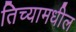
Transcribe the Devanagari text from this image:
तिच्यामधील